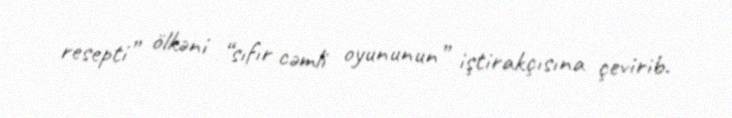
resepti” ölkəni “sıfır cəmli oyununun” iştirakçısına çevirib.